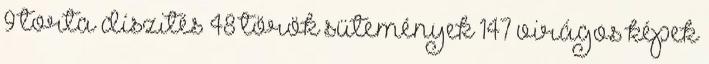
9 torta díszités 48 török sütemények 147 virágos képek